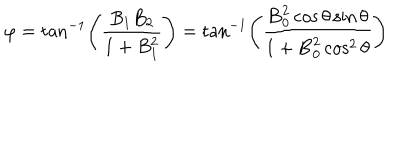
\varphi = \tan ^ { - 1 } \left( \frac { B _ { 1 } B _ { 2 } } { 1 + B _ { 1 } ^ { 2 } } \right) = \tan ^ { - 1 } \left( \frac { { \bf B } _ { 0 } ^ { 2 } \cos \theta \sin \theta } { 1 + { \bf B } _ { 0 } ^ { 2 } \cos ^ { 2 } \theta } \right)